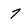
Character: 7